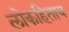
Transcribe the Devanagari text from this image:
लोकहिताय